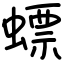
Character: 螵